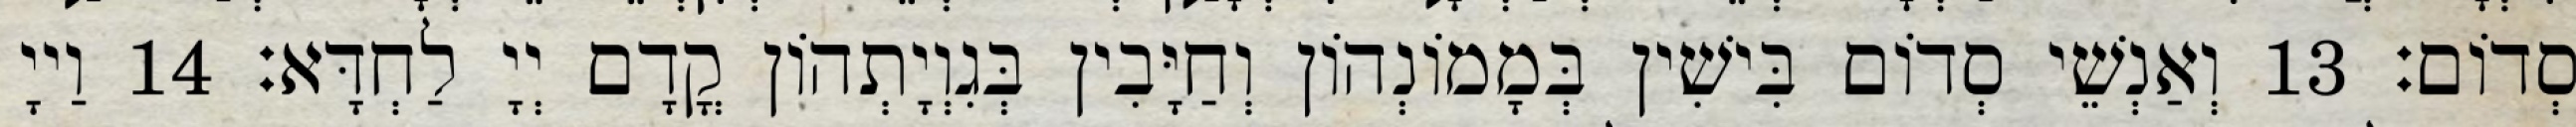
סְדוֹם׃ 13 וְאַנְשֵׁי סְדוֹם בִּישִׁין בְּמָמוֹנְהוֹן וְחַיָּבִין בְּגִוְיָתְהוֹן קֳדָם יְיָ לַחְדָּא׃ 14 וַייָ